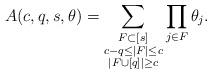
LaTeX: \begin{align*}A(c,q,s,\mathbf{\theta }) = \sum_{\substack{F \subset [s] \\c-q \leq |F| \leq c \\|F \cup [q]|\geq c}} \prod_{j \in F } \theta_{j}.\end{align*}